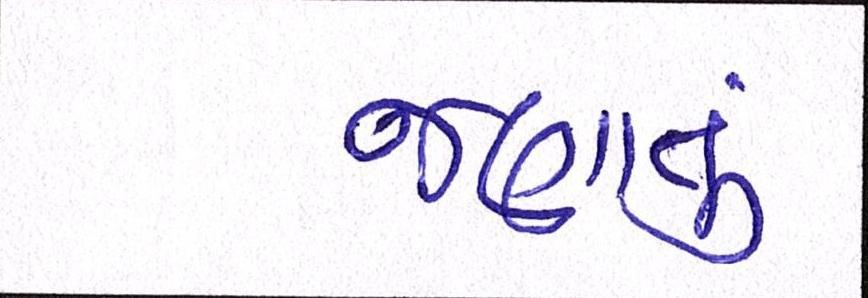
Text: જણાતું